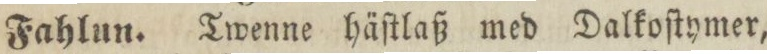
Fahlun. Twenne häſtlaß med Dalkoſtymer,